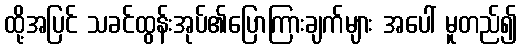
ထို့အပြင် သခင်ထွန်းအုပ်၏ပြောကြားချက်များ အပေါ် မူတည်၍